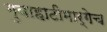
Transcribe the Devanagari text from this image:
गुवाहाटीमार्गेच